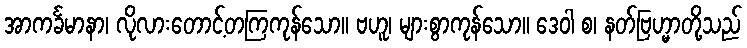
အာကင်္ခမာနာ၊ လိုလားတောင့်တကြကုန်သော။ ဗဟူ၊ များစွာကုန်သော။ ဒေဝါ စ၊ နတ်ဗြဟ္မာတို့သည်